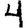
Digit: 4